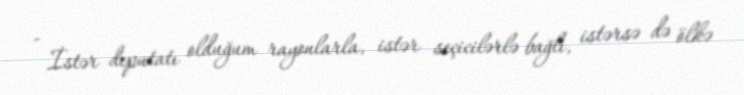
- İstər deputatı olduğum rayonlarla, istər seçicilərlə bağlı, istərsə də ölkə